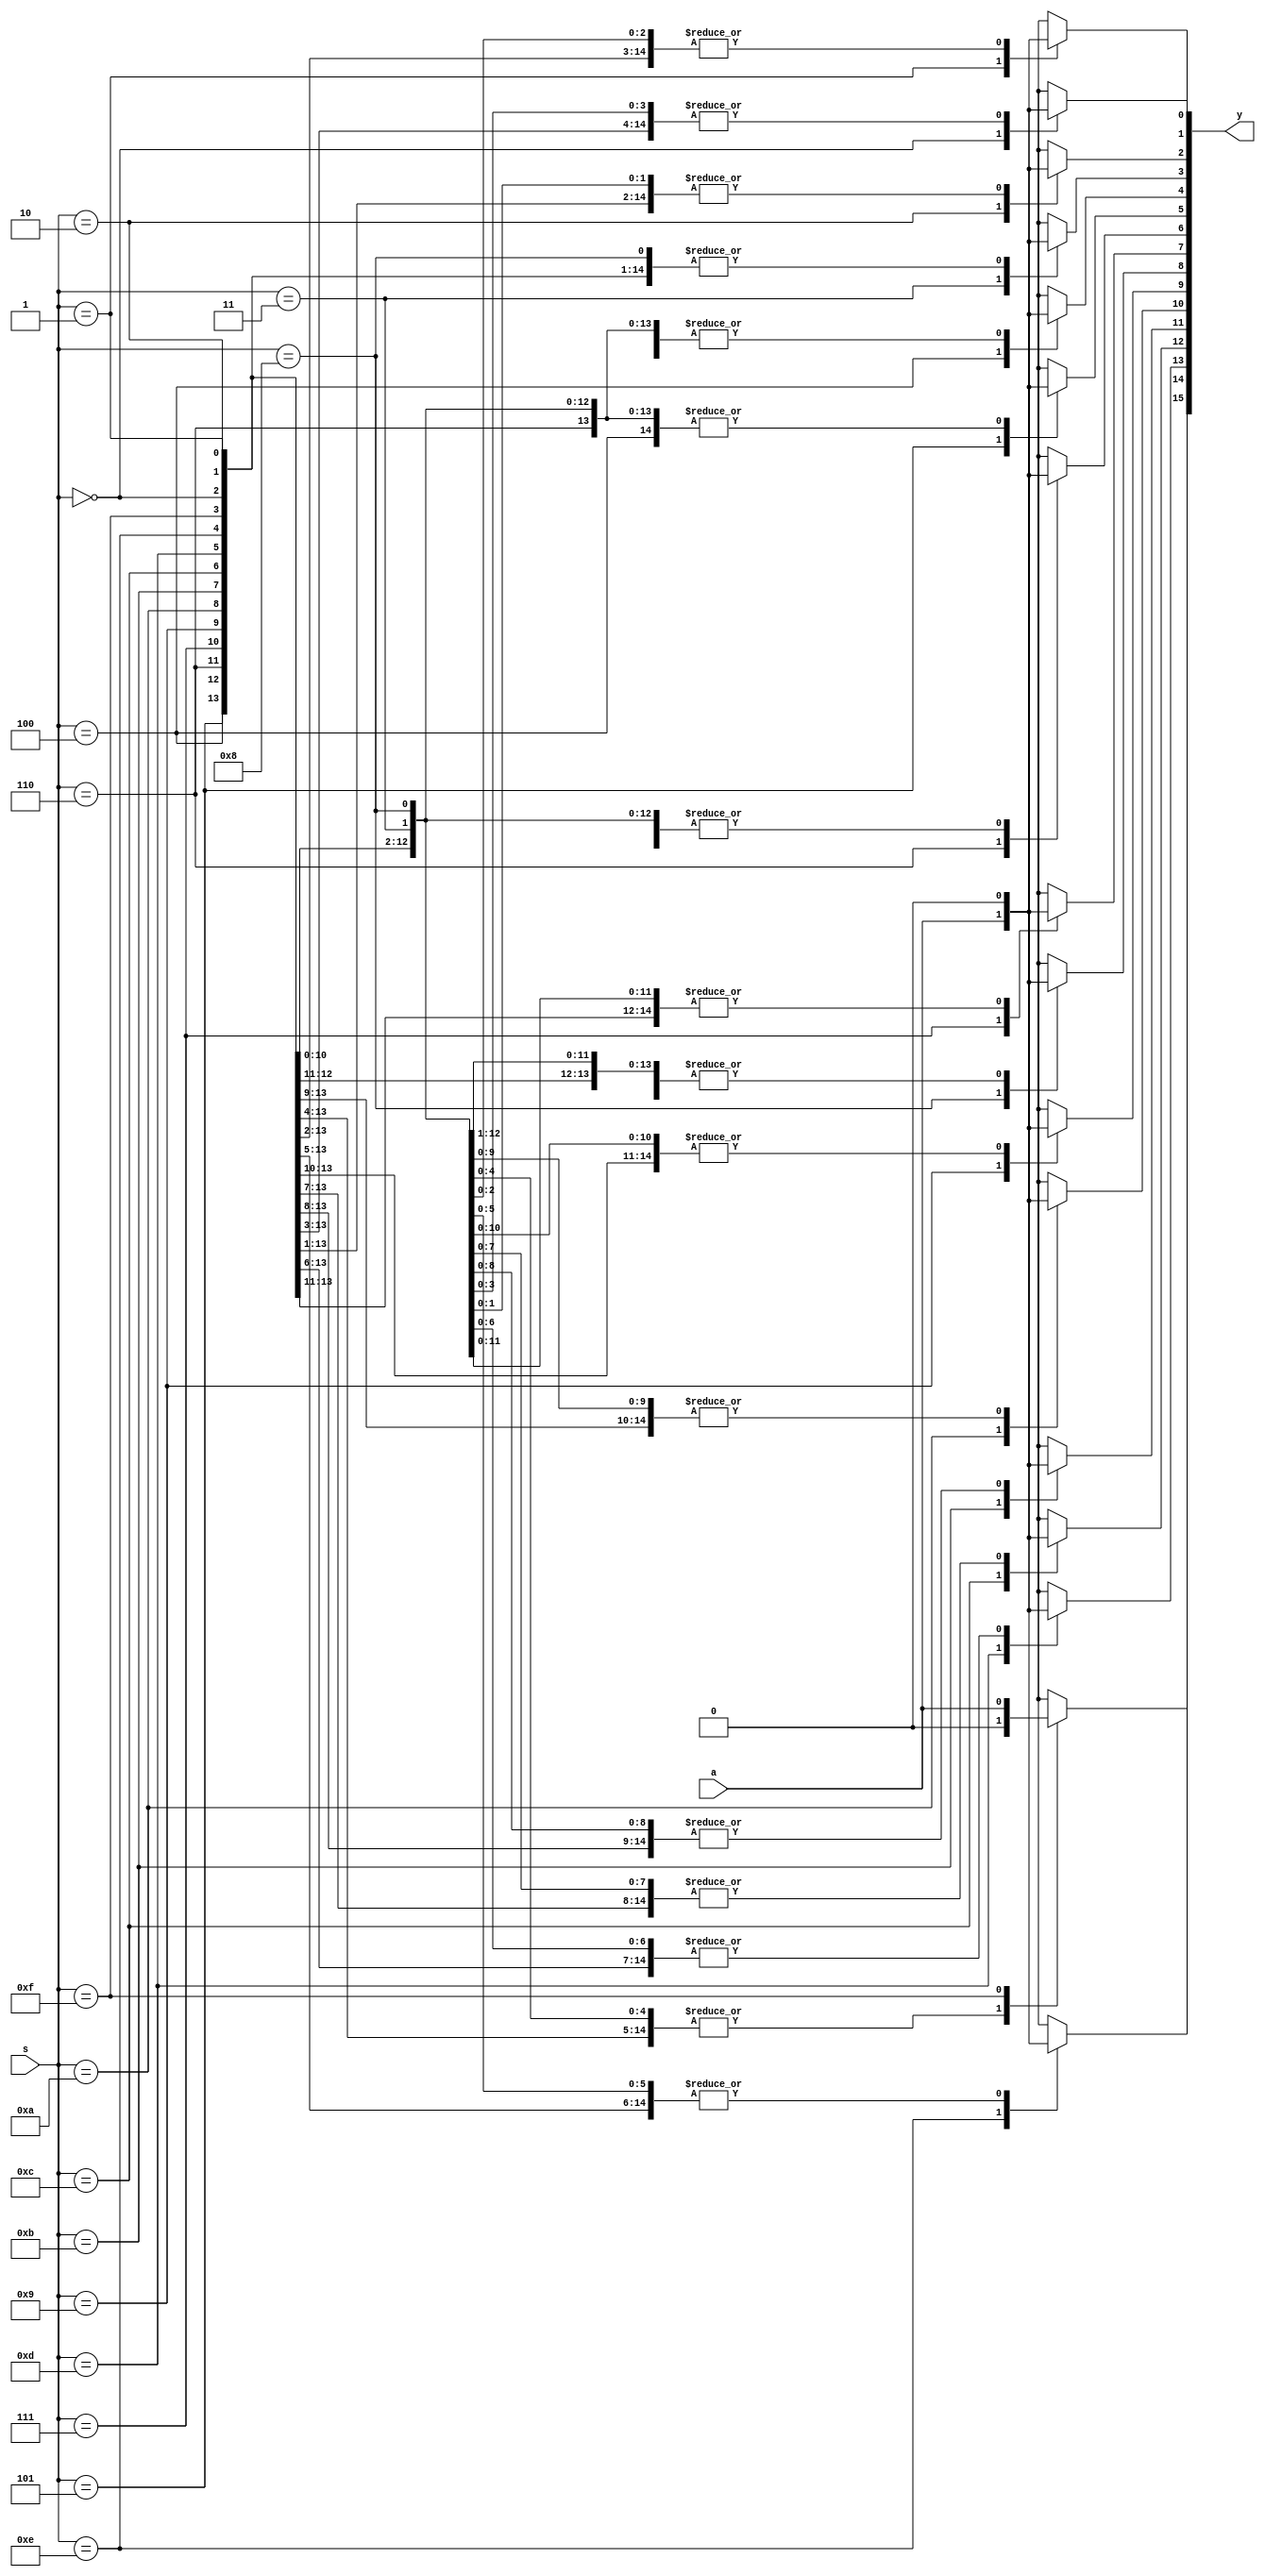
module demux_1_N( a,s, y );
    parameter N=16;
     input a;
     input [3:0] s;
     output reg [N-1:0] y;    
    
    
    
    
    always@(a,s)
      begin
      y=15'b0000000000000000;
        case(s)
          4'b0000: y[0]= a;
          4'b0001: y[1]= a;
          4'b0010: y[2]= a;
          4'b0011: y[3]= a;
          4'b0100: y[4]=a;
          4'b0101: y[5]= a;
          4'b0110: y[6]= a;
          4'b0111: y[7]= a;
          4'b1000: y[8]= a;
          4'b1001: y[9]= a;
          4'b1010: y[10]= a;
          4'b1011: y[11]= a;
          4'b1100: y[12]= a;
          4'b1101: y[13]= a;
          4'b1110: y[14]= a;
          4'b1111: y[N-1]= a;
          default: y=15'b000000000000000;
       endcase
   end       
endmodule